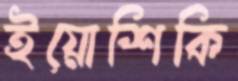
ইয়োশিকি